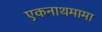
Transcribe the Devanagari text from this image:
एकनाथमामा